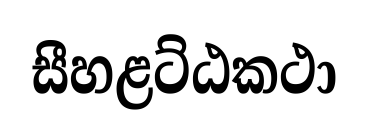
සීහළට්ඨකථා